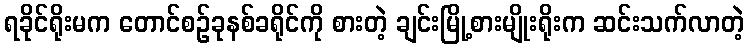
ရခိုင်ရိုးမက တောင်စဉ်ခုနစ်ခရိုင်ကို စားတဲ့ ချင်းမြို့စားမျိုးရိုးက ဆင်းသက်လာတဲ့